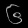
Digit: ၆